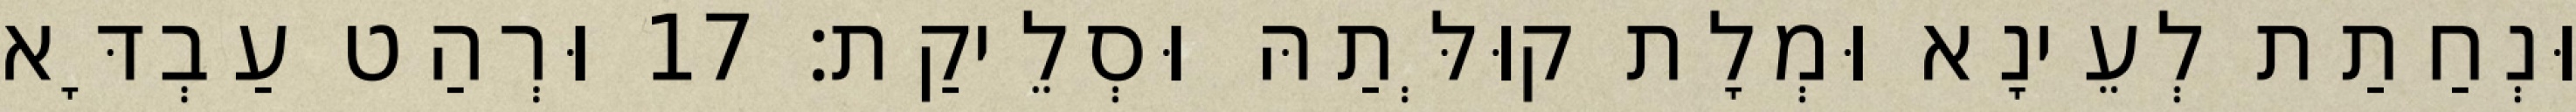
וּנְחַתַת לְעֵינָא וּמְלָת קוּלְּתַהּ וּסְלֵיקַת׃ 17 וּרְהַט עַבְדָּא